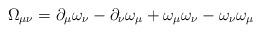
LaTeX: \begin{align*}\Omega_{\mu\nu}=\partial_\mu\omega_\nu -\partial_\nu \omega_\mu +\omega_\mu \omega_\nu -\omega_\nu \omega_\mu\end{align*}